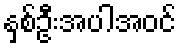
နှစ်ဦးအပါအဝင်